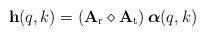
LaTeX: \begin{align*} \mathbf{h}(q,k)=\left(\mathbf{A}_{\mathrm{r}}\diamond\mathbf{A}_{\mathrm{t}}\right)\boldsymbol{\alpha}(q,k)\end{align*}